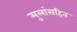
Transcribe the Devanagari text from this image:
मुलांसहित